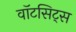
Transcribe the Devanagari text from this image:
वॉटसिट्स